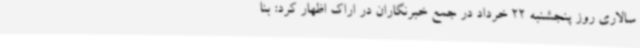
سالاری روز پنجشنبه 22 خرداد در جمع خبرنگاران در اراک اظهار کرد: بنا